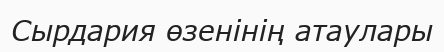
Сырдария өзенінің атаулары